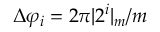
\Delta \varphi _ { i } = 2 \pi | 2 ^ { i } | _ { m } / m